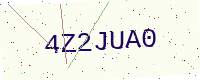
Text: 4Z2JUA0